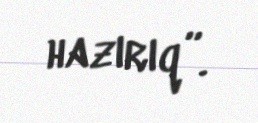
hazırıq”.